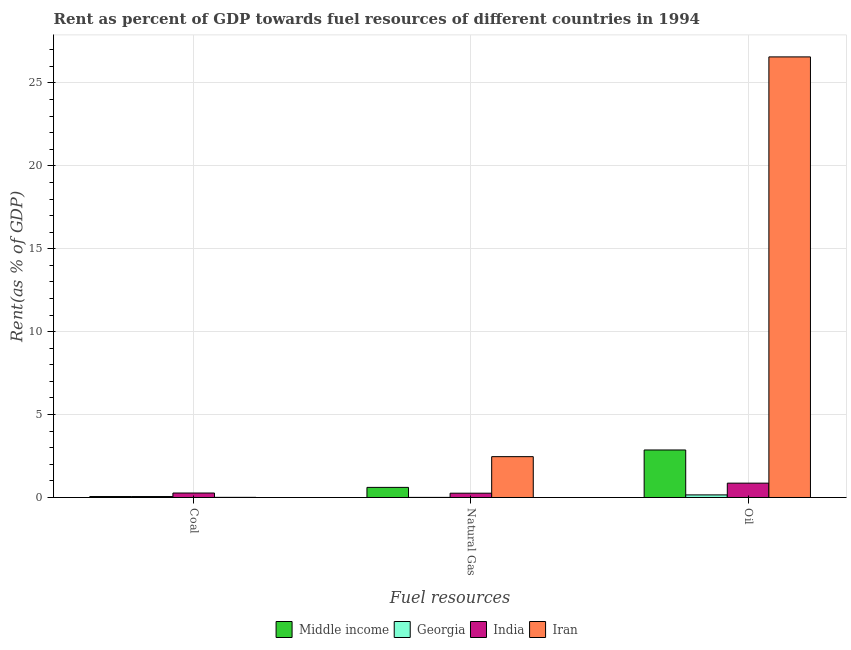
| Fuel resources | Middle income | Georgia | India | Iran |
 | --- | --- | --- | --- | --- |
 | Coal | 0.0574 | 0.0568 | 0.269 | 0.00809 |
 | Natural Gas | 0.609 | 0.0053 | 0.259 | 2.46 |
 | Oil | 2.87 | 0.156 | 0.865 | 26.6 |